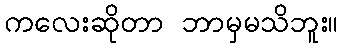
ကလေးဆိုတာ ဘာမှမသိဘူး။